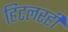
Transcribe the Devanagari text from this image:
हिटलरही